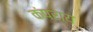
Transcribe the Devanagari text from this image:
कंपराय